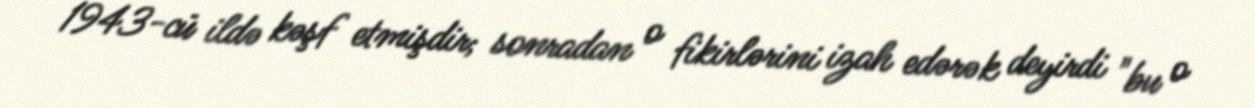
1943-cü ildə kəşf etmişdir; sonradan o fikirlərini izah edərək deyirdi "bu o